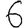
Digit: 6